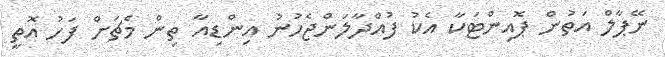
ނޭޕާލް އަތުން ޕޮއިންޓަކާ އެކު ފުއްދާލަންޖެހުނު އިންޑިއާ ތިން މެޗަށް ފަހު އޮތީ